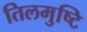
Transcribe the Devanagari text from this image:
तिलमुष्टि